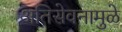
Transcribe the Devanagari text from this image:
अतिसेवनामुळे